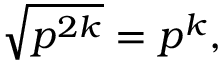
{ \sqrt { p ^ { 2 k } } } = p ^ { k } ,